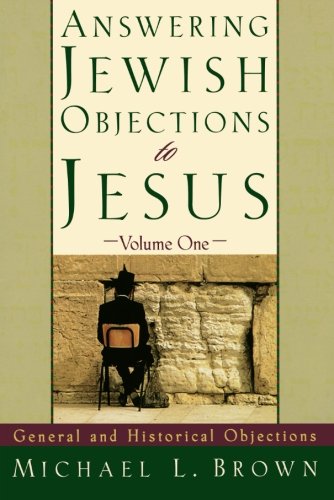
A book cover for Answering Jewish Objections to Jesus: General and Historical Objections, Vol. 1; Michael L. Brown; Religion & Spirituality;